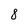
Character: 8